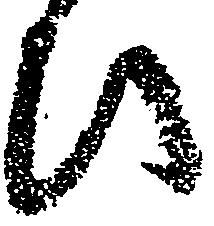
ひ